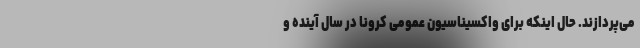
می‌پردازند. حال اینکه برای واکسیناسیون عمومی کرونا در سال آینده و